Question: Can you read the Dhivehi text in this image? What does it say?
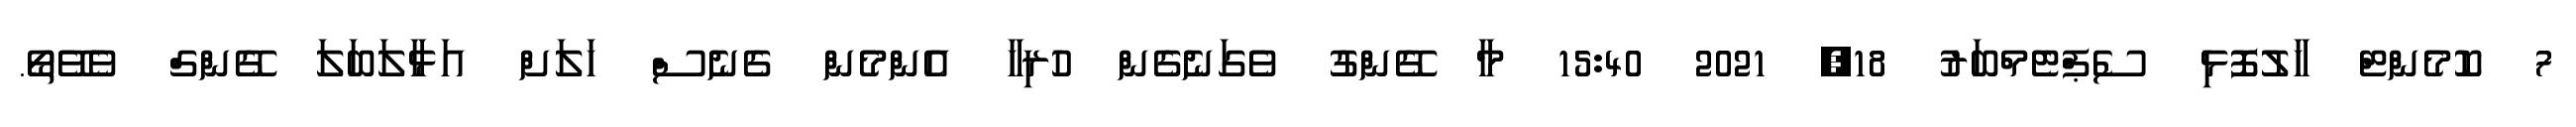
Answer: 7 ކޮމެންޓް ހާލުފޮޅި ސެޕްޓެމްބަރު 18, 2021 15:40 މާ ގޭންގު ވެގަނެގެން ހުރިހާ އެންމެން ގެނެސް ހަލަށް އަޅާލަބަލަ ގޭންގް ވެވޭތޯ.